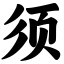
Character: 须